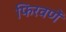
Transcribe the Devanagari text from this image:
फिरवणें